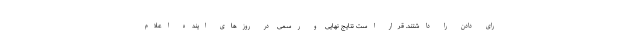
رای دادن را داشتند. قرار است نتایج نهایی و رسمی در روزهای اینده اعلام